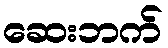
ဆေးဘက်